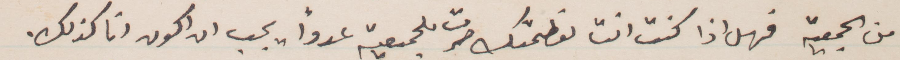
من الجمعية فهل اذا كنت انت لعظمتك صرت بالجمعية عدوًا يجب ان أكون ان كذلك.